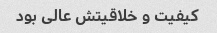
کیفیت و خلاقیتش عالی بود